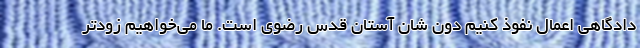
دادگاهی اعمال نفوذ کنیم دون شان آستان قدس رضوی است. ما می‌خواهیم زودتر